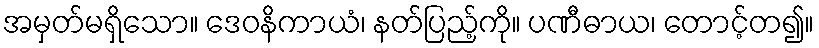
အမှတ်မရှိသော။ ဒေဝနိကာယံ၊ နတ်ပြည့်ကို။ ပဏီဓာယ၊ တောင့်တ၍။